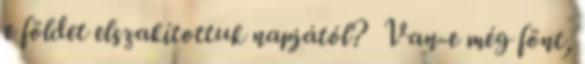
e földet elszakítottuk napjától? Van-e még fönt,